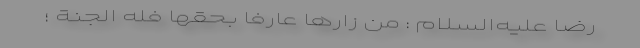
رضا عليه‌السلام : مَن زارَها عارِفاً بِحَقِّها فَلَهُ الجَنَّةُ ؛